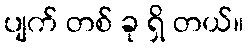
ပျက် တစ် ခု ရှိ တယ်။